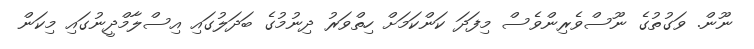
ނޫން. ވަގުތުގެ ނޫސްވެރިންވެސް މިފަދަ ކަންކަމަށް ހިތްވަރު ދިނުމުގެ ބަދަލުގައި އިސްލާމްދީނުގައި މިކަން